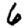
Digit: 6